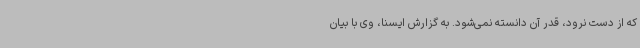
که از دست نرود، قدر آن دانسته نمی‌شود. به گزارش ایسنا، وی با بیان